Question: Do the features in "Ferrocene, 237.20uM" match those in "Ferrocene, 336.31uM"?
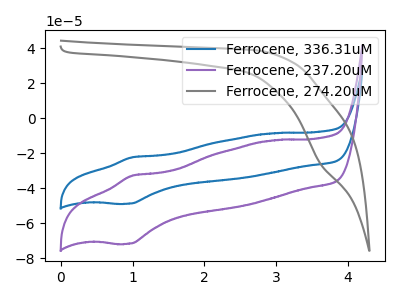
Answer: <think>The blue curve "Ferrocene, 336.31uM" has an anodic peak at (1.00V, -22.40uA) and a cathodic peak at (0.95V, -48.85uA). The purple curve "Ferrocene, 237.20uM" has an anodic peak at (1.00V, -32.85uA) and a cathodic peak at (0.95V, -71.75uA). The gray curve "Ferrocene, 274.20uM" has a cathodic peak at: (3.60V, -26.10uA).
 All the peaks in "Ferrocene, 237.20uM" have a peak in "Ferrocene, 336.31uM" at the same potential.</think>
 <answer>"Ferrocene, 237.20uM" and "Ferrocene, 336.31uM" are similar in shape.</answer>
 <eval>same_shape</eval>